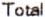
TOTAL